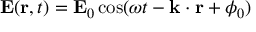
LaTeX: \mathbf { E } ( \mathbf { r } , t ) = \mathbf { E } _ { 0 } \cos ( \omega t - \mathbf { k } \cdot \mathbf { r } + \phi _ { 0 } )